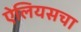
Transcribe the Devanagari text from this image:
ऐलियसचा